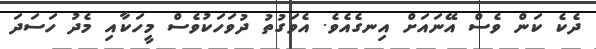
ދެކެ ކަން ވެސް އޭނައަށް އިނގެއެވެ. އެވަގުތު ދުވަހަކުވެސް މީހަކާއި މެދު ހަސަދަ